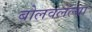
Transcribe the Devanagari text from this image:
बोलवलेल्या